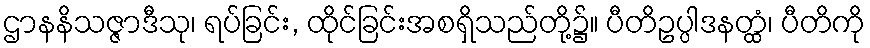
ဌာနနိသဇ္ဇာဒီသု၊ ရပ်ခြင်း, ထိုင်ခြင်းအစရှိသည်တို့၌။ ပီတိဥပ္ပါဒနတ္ထံ၊ ပီတိကို